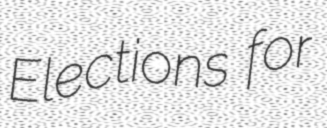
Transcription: Elections for